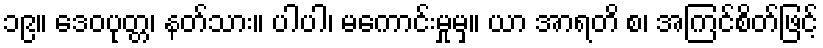
၁၉။ ဒေဝပုတ္တ၊ နတ်သား။ ပါပါ၊ မကောင်းမှုမှ။ ယာ အာရတိ စ၊ အကြင်စိတ်ဖြင့်